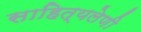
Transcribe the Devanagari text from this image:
साहित्यलेणी